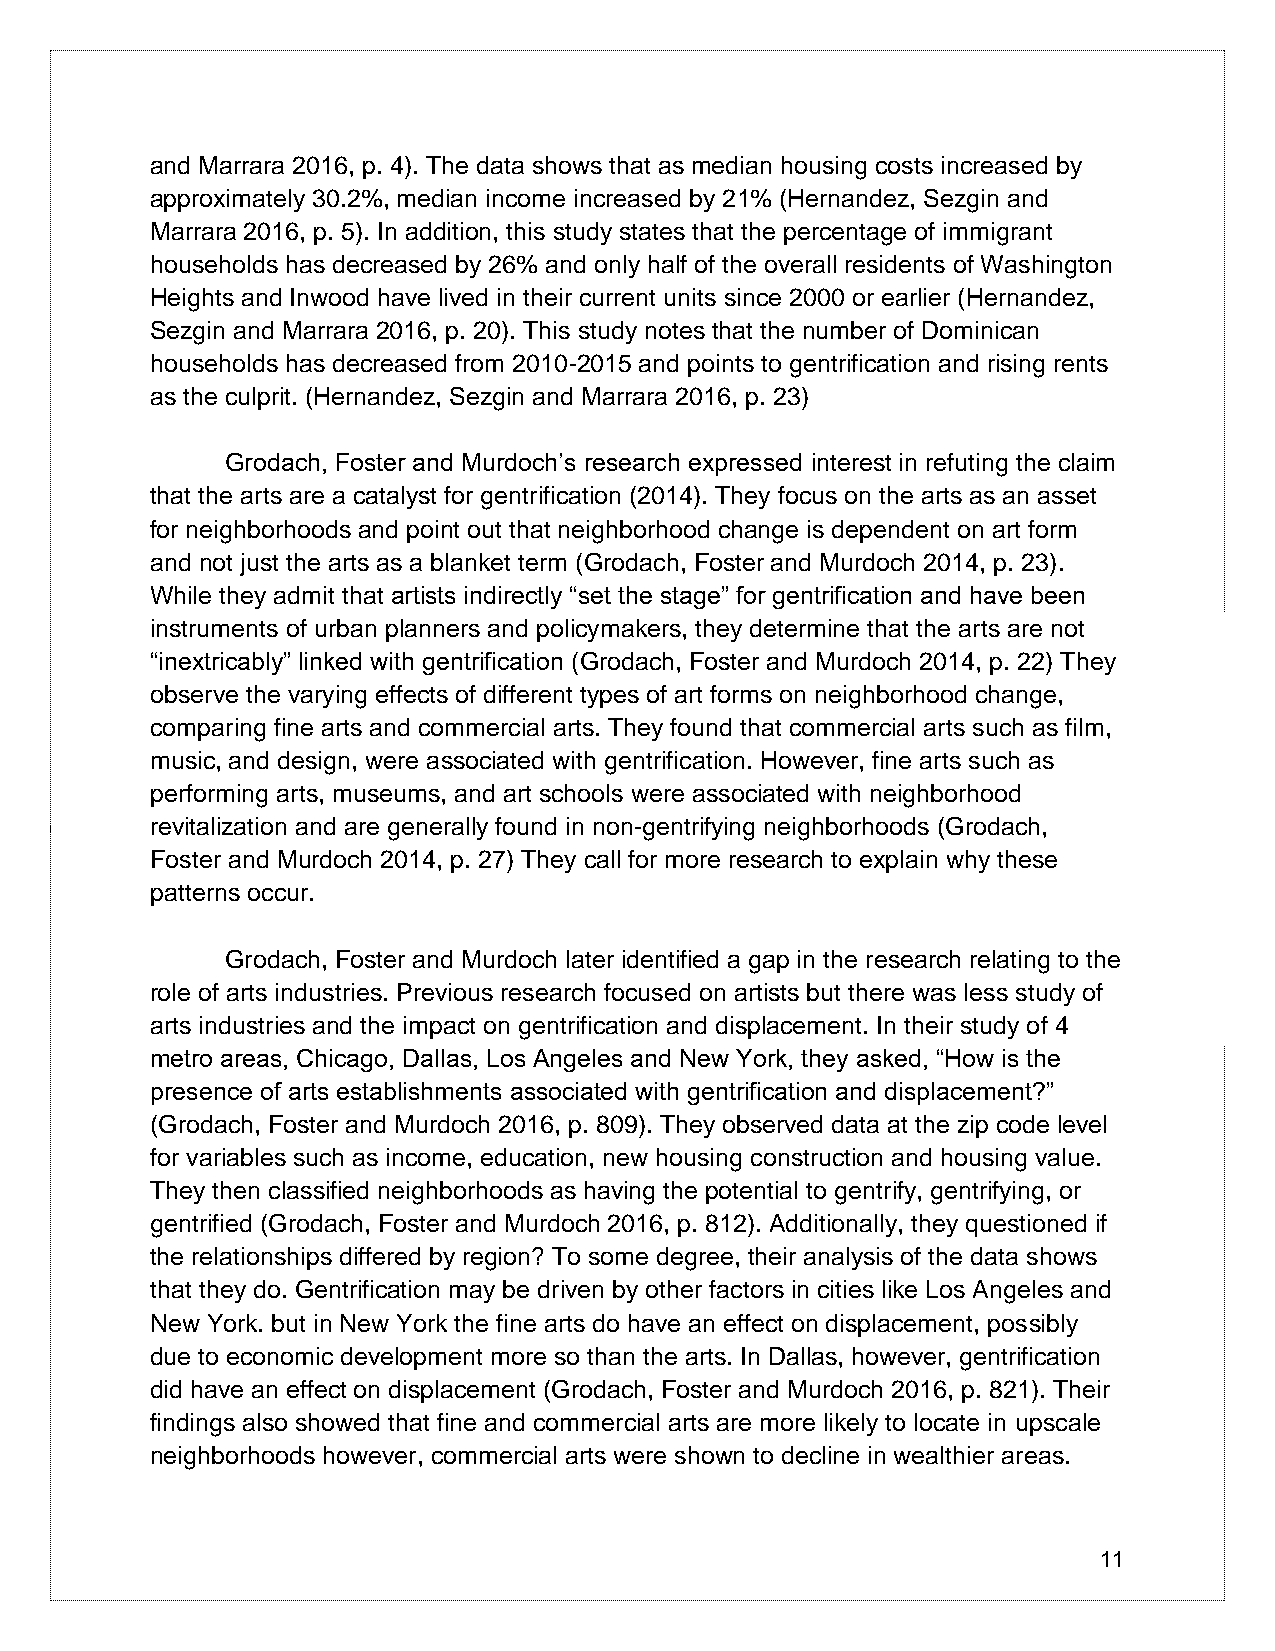
and Marrara 2016, p. 4). The data shows that as median housing costs increased by
 approximately 30.2%, median income increased by 21% (Hernandez, Sezgin and
 Marrara 2016, p. 5). In addition, this study states that the percentage of immigrant
 households has decreased by 26% and only half of the overall residents of Washington
 Heights and Inwood have lived in their current units since 2000 or earlier (Hernandez,
 Sezgin and Marrara 2016, p. 20). This study notes that the number of Dominican
 households has decreased from 2010-2015 and points to gentrification and rising rents
 as the culprit. (Hernandez, Sezgin and Marrara 2016, p. 23)
 Grodach, Foster and Murdoch’s research expressed interest in refuting the claim
 that the arts are a catalyst for gentrification (2014). They focus on the arts as an asset
 for neighborhoods and point out that neighborhood change is dependent on art form
 and not just the arts as a blanket term (Grodach, Foster and Murdoch 2014, p. 23).
 While they admit that artists indirectly “set the stage” for gentrification and have been
 instruments of urban planners and policymakers, they determine that the arts are not
 “inextricably” linked with gentrification (Grodach, Foster and Murdoch 2014, p. 22) They
 observe the varying effects of different types of art forms on neighborhood change,
 comparing fine arts and commercial arts. They found that commercial arts such as film,
 music, and design, were associated with gentrification. However, fine arts such as
 performing arts, museums, and art schools were associated with neighborhood
 revitalization and are generally found in non-gentrifying neighborhoods (Grodach,
 Foster and Murdoch 2014, p. 27) They call for more research to explain why these
 patterns occur.
 Grodach, Foster and Murdoch later identified a gap in the research relating to the
 role of arts industries. Previous research focused on artists but there was less study of
 arts industries and the impact on gentrification and displacement. In their study of 4
 metro areas, Chicago, Dallas, Los Angeles and New York, they asked, “How is the
 presence of arts establishments associated with gentrification and displacement?”
 (Grodach, Foster and Murdoch 2016, p. 809). They observed data at the zip code level
 for variables such as income, education, new housing construction and housing value.
 They then classified neighborhoods as having the potential to gentrify, gentrifying, or
 gentrified (Grodach, Foster and Murdoch 2016, p. 812). Additionally, they questioned if
 the relationships differed by region? To some degree, their analysis of the data shows
 that they do. Gentrification may be driven by other factors in cities like Los Angeles and
 New York. but in New York the fine arts do have an effect on displacement, possibly
 due to economic development more so than the arts. In Dallas, however, gentrification
 did have an effect on displacement (Grodach, Foster and Murdoch 2016, p. 821). Their
 findings also showed that fine and commercial arts are more likely to locate in upscale
 neighborhoods however, commercial arts were shown to decline in wealthier areas.
 11